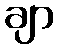
ချာ